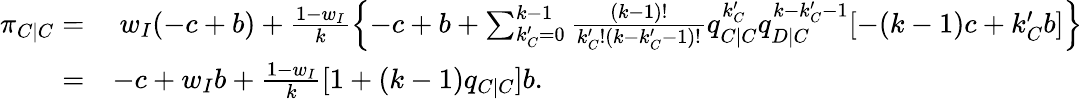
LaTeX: \begin{array}{rl}{\pi_{C|C}=}&{~w_{I}(-c+b)+\frac{1-w_{I}}{k}\left\{ -c+b+\sum_{k_{C}^{\prime}=0}^{k-1}{\frac{(k-1)!}{k_{C}^{\prime}!(k-k_{C}^{\prime}-1)!}q_{C|C}^{k_{C}^{\prime}}q_{D|C}^{k-k_{C}^{\prime}-1}[-(k-1)c+k_{C}^{\prime}b]}\right\} }\\ {=}&{-c+w_{I}b+\frac{1-w_{I}}{k}[1+(k-1)q_{C|C}]b.}\end{array}